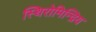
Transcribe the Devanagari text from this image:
स्थिरोमिन्द्रिय